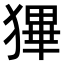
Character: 𤠺